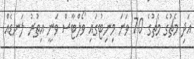
އަދި މެޗުގެ މެޗުގެ 70 ވަނަ މިނިޓުގައި ވޯލްޓާސް ވަނީ އިތުރު ލަނޑެއް